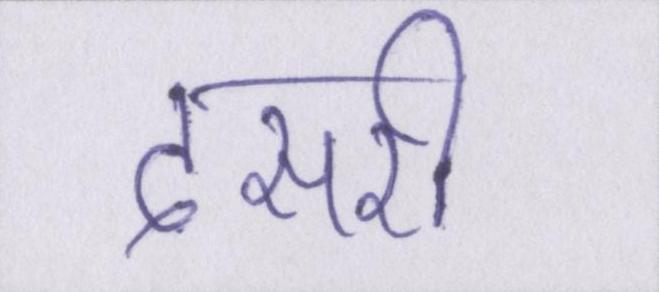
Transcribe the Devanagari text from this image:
दसरी